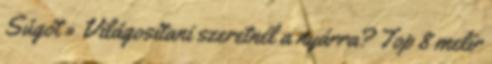
Súgót » Világosítani szeretnél a nyárra? Top 8 melír